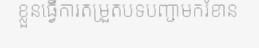
ខ្លួនធ្វើការតម្រួតបទបញ្ជាមករំខាន